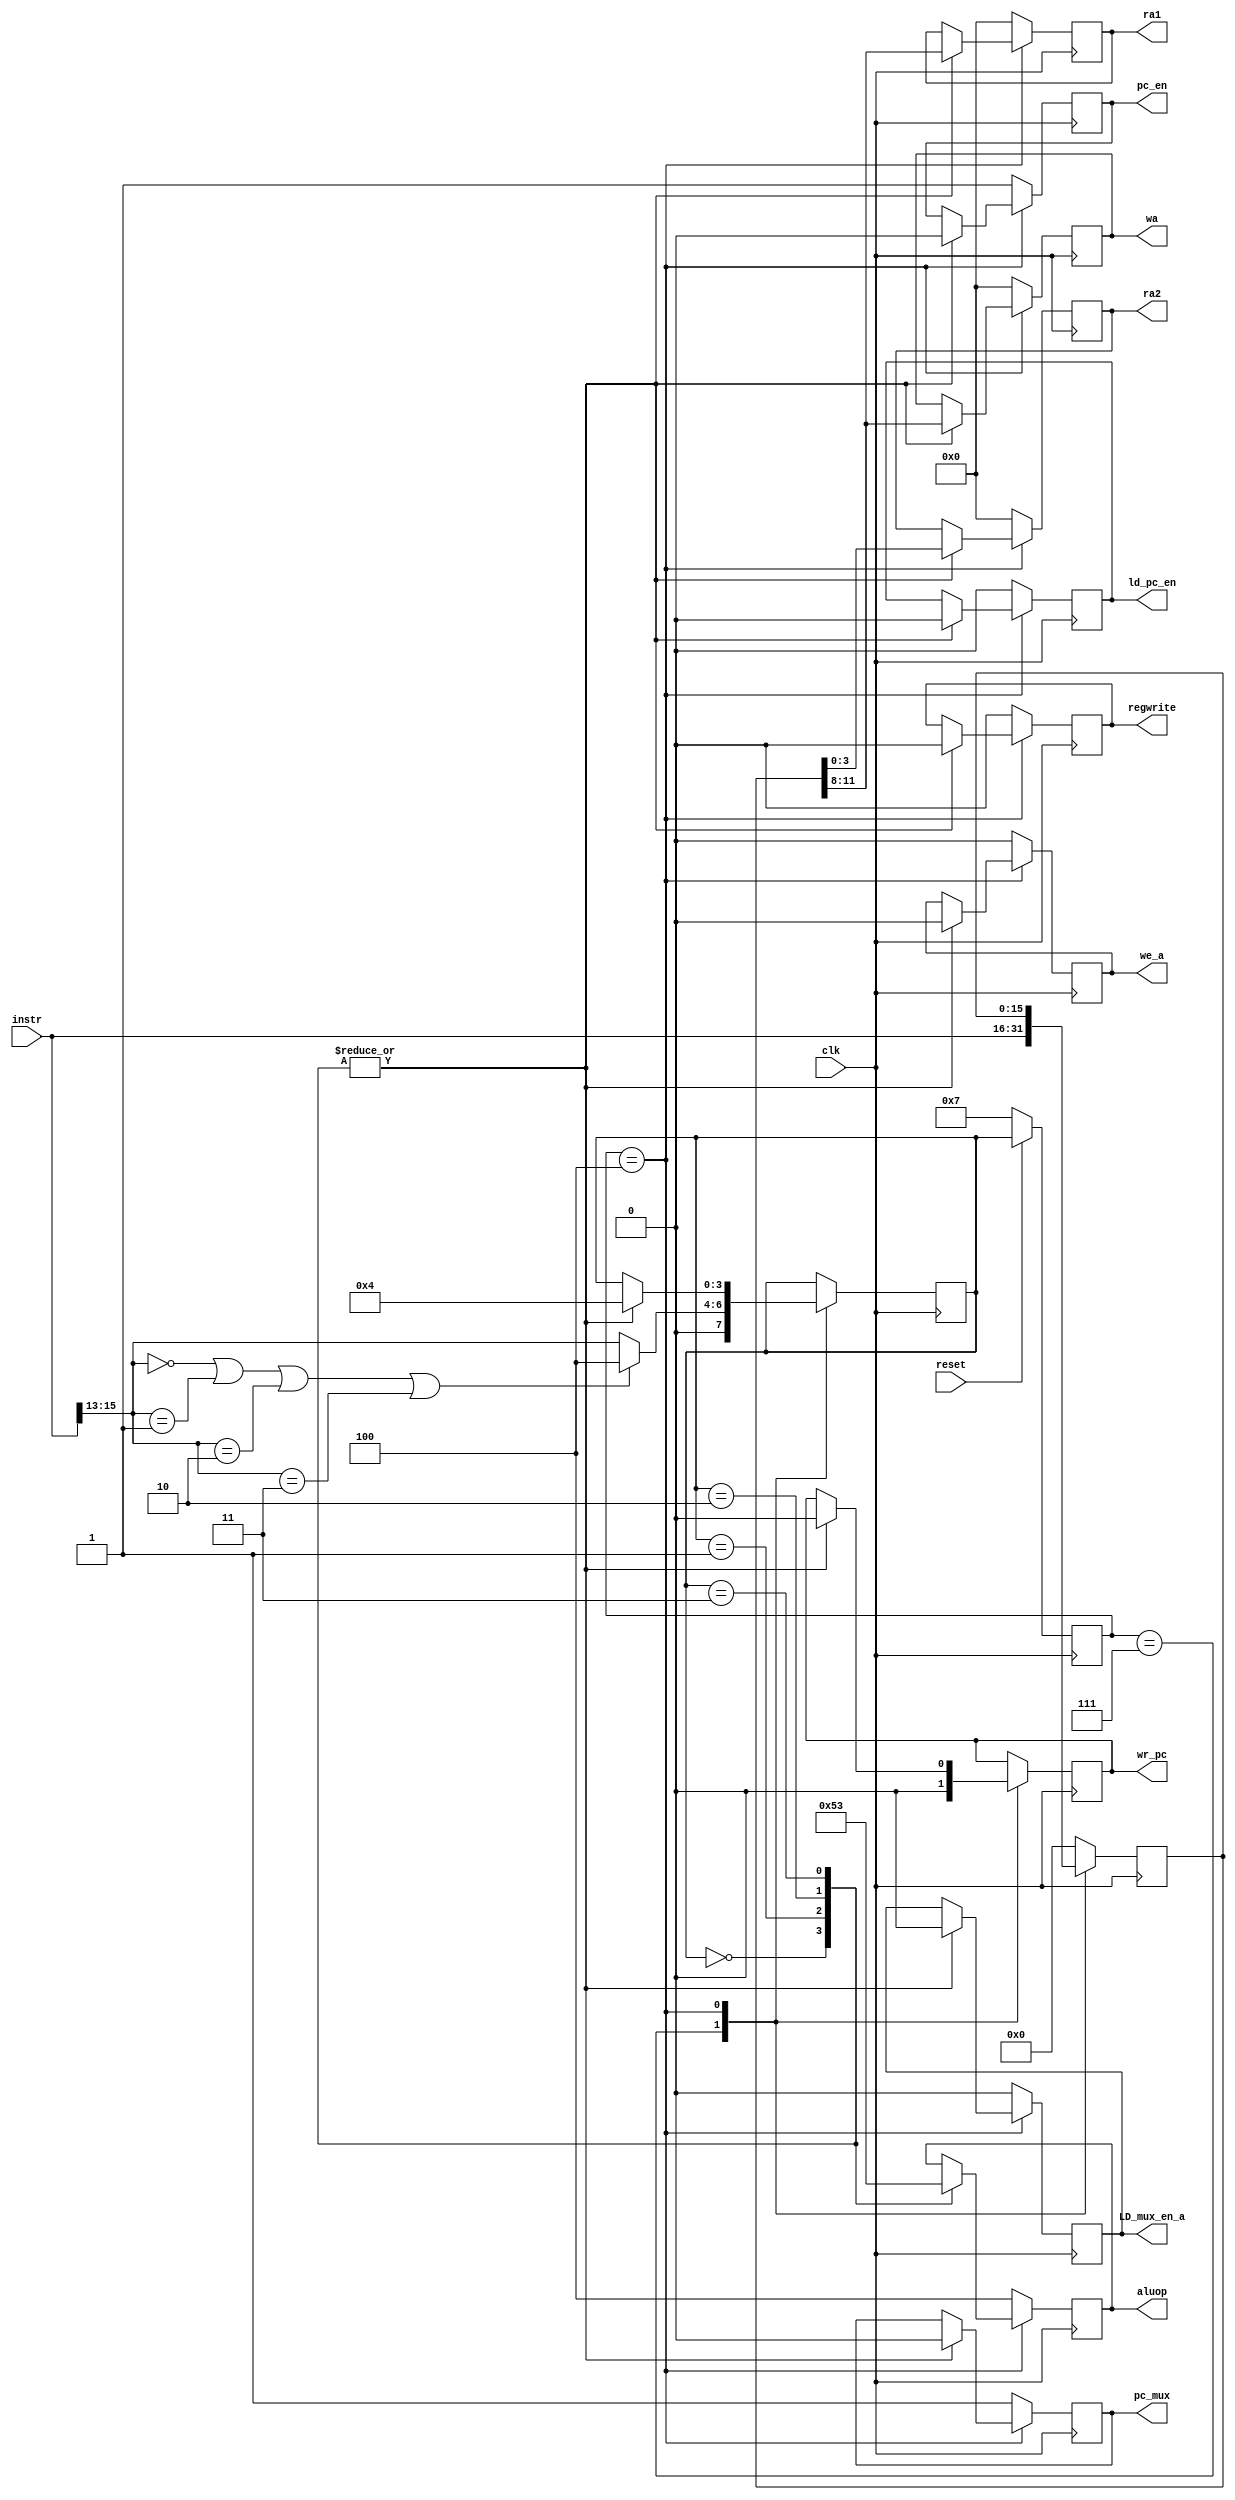

//////////////////////////////////////////////////////////////////////////////////
// Module Name:	FSM
// Description: 	Finite state machine here
//
// Dependencies: 	
//
// Comments: 		
//
//////////////////////////////////////////////////////////////////////////////////


module FSM(clk, reset, instr, regwrite, wa, aluop, we_a,
	 LD_mux_en_a, pc_en, ld_pc_en,pc_mux, ra1, ra2, wr_pc);
input clk, reset;
input [15:0] instr;

output reg regwrite;
output reg [3:0] wa,ra1, ra2;
output reg [2:0] aluop;
output reg  we_a, LD_mux_en_a, pc_en, ld_pc_en,pc_mux, wr_pc; 


reg [3:0] state, next_state;
reg [15:0] inst;



//parameter start = 4'b0010;
parameter regTomem = 4'b0100;

//instruction bit 
parameter ADD = 3'b000;
parameter SUB = 3'b001;
parameter MUL = 3'b010;
parameter DIV = 3'b011;


always@(posedge clk) begin
	if (reset == 0) begin 
		state <= 4'b0111;
		//change <= 0;
	end	
	else begin 
		state <= next_state;	
		//change <= ~change;
	end	
end

always@(negedge clk) begin 

	case (state)
	//initial state
		4'b0111:begin 
		
		//initial with all 0s
			inst = 16'b0000000000000000;
			regwrite = 0;   
			wr_pc = 0;
			wa = 4'b0000;
			we_a = 0;
			pc_en = 1;
			ld_pc_en = 0;
			pc_mux = 1;
			ra1 = 4'b0000;
			ra2 = 4'b0000;
			
			//Initial state with no operation
			aluop = 3'b100;
			
			LD_mux_en_a = 0;  
			inst = instr;
			
			//Last 3 bits are the state and which operation
			next_state = instr[15:13];
			
			if ((next_state == ADD) | (next_state == SUB)| (next_state == MUL) | (next_state == DIV))
				next_state = regTomem;
		
		end 
	
		
		regTomem: begin
			case(next_state)
				ADD:begin
					regwrite = 0;
					wr_pc = 0;
					//Basicly, I am trying to make things complicated that could do more work, as a finacial calculator
					
					//But, we only have basic operation, this is the reason I have some unsed segement. But I will just leave it here. 
					wa = inst[11:8];
					ra1 = inst[11:8];
					ra2 = inst[3:0];
					aluop = ADD;
					LD_mux_en_a = 0;  
					we_a = 0;
					pc_en = 0;
					ld_pc_en = 0;
					pc_mux = 0;	
					//inst = instr;
					next_state = regTomem;
				end	
				SUB:begin
					regwrite = 0;
	
					wr_pc = 0;
					wa = inst[11:8];
					ra1 = inst[11:8];
					ra2 = inst[3:0];
					aluop = SUB;
					LD_mux_en_a = 0;  
					we_a = 0;
					pc_en = 0;
					ld_pc_en = 0;
					pc_mux = 0;	
					//inst = instr;
					next_state = regTomem;
				end	
				MUL:begin
					regwrite = 0;
		
					wr_pc = 0;
					wa = inst[11:8];
					ra1 = inst[11:8];
					ra2 = inst[3:0];
					aluop = MUL;
					LD_mux_en_a = 0;  
					we_a = 0;
					pc_en = 0;
					ld_pc_en = 0;
					pc_mux = 0;	
					//inst = instr;
					next_state = regTomem;
				end	
				DIV:begin
					regwrite = 0;
 
					wr_pc = 0;
					wa = inst[11:8];
					ra1 = inst[11:8];
					ra2 = inst[3:0];
					aluop = DIV;
					LD_mux_en_a = 0;  
					we_a = 0;
					pc_en = 0;
					ld_pc_en = 0;
					pc_mux = 0;	
					//inst = instr;
					next_state = regTomem;
				end	

		endcase
		end
		
		default: begin 
			inst = 16'b0000000000000000;
			regwrite = 0;   
			//Cin = 0;
			wa = 4'b0000;
			we_a = 0;
			pc_en = 1;
			ld_pc_en = 0;
			pc_mux = 1;
			ra1 = 4'b0000;
			ra2 = 4'b0000;
			aluop = 3'b100;
			LD_mux_en_a = 0;  
		end 
	
	endcase

end



endmodule